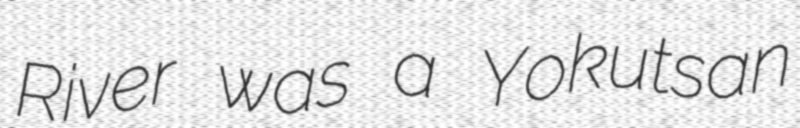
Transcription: River was a Yokutsan